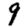
Digit: 9